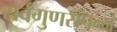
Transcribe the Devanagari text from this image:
सर्वगुणसंपन्‍न